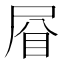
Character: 𱲯